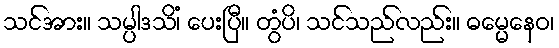
သင်အား။ သမ္ပါဒသိံ၊ ပေးပြီ။ တွံပိ၊ သင်သည်လည်း။ ဓမ္မေနေဝ၊